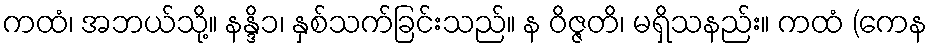
ကထံ၊ အဘယ်သို့။ နန္ဒိ၁၊ နှစ်သက်ခြင်းသည်။ န ဝိဇ္ဇတိ၊ မရှိသနည်း။ ကထံ (ကေန